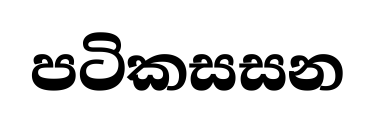
පටිකසසන